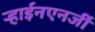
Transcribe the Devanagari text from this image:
ऱ्हाईनएनर्जी